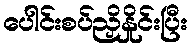
ပေါင်းစပ်ညှိနှိုင်းပြီး